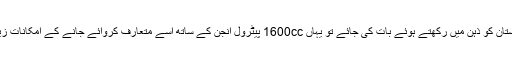
تاہم پاکستان کو ذہن میں رکھتے ہوئے بات کی جائے تو یہاں 1600cc پیٹرول انجن کے ساتھ اسے متعارف کروائے جانے کے امکانات زیادہ ہیں۔